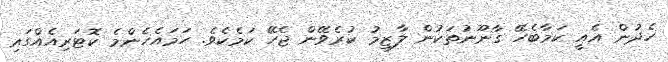
ހެދުން އެއީ ކަމާބެހޭ ގާނޫނުތަކުން ލާޒިމު ކުރެވޭން ޖެހޭ ކަމެކެވެ. ހަމައެހެންމެ ކޮޓަރިއެއްގައި